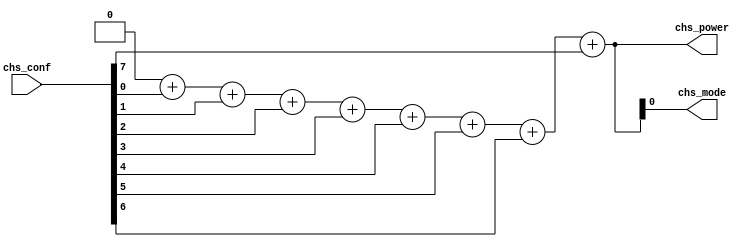
/*--  *******************************************************
--  Computer Architecture Course, Laboratory Sources 
--  Amirkabir University of Technology (Tehran Polytechnic)
--  Department of Computer Engineering (CE-AUT)
--  https://ce[dot]aut[dot]ac[dot]ir
--  *******************************************************
--  All Rights reserved (C) 2019-2020
--  *******************************************************
--  Student ID  : 
--  Student Name: 
--  Student Mail: 
--  *******************************************************
--  Additional Comments:
--
--*/

/*-----------------------------------------------------------
---  Module Name: Power Mode (Conting Ones)
---  Description: Module3: 
-----------------------------------------------------------*/
`timescale 1 ns/1 ns

module ModePower (
	input  [7:0] chs_conf  , // degree [temprature] 
	output [3:0] chs_power , // power  [cooler/heater] 
	output       chs_mode    // model  [heat=1/cool=0]
);
	reg [3:0] num_ones;	
	integer counter;
	
	always @(chs_conf) begin
	num_ones = 4'b0000;
		for(counter = 0; counter < 8; counter = counter + 1)
			num_ones = num_ones + chs_conf[counter];
	end
	
	assign chs_power = num_ones;
	assign chs_mode = num_ones[0];
	
endmodule